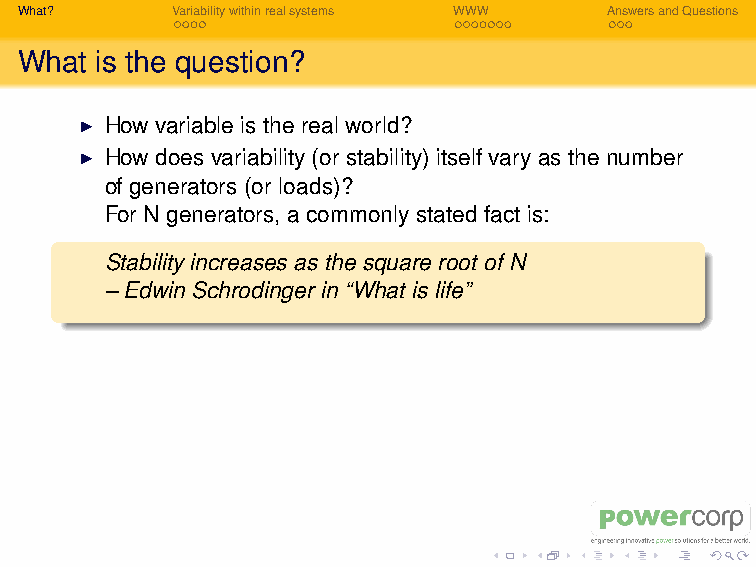
Aside: this often gets quoted without any further
 explanation, whence this talk. Hopefully the audience can
 help me understand.
 I What does this mean?
 I What are the units for stability?
 I Which numbers matter and how do they change?
 I How does affect reliability and plant costs?
 What?     Variabilitywithinrealsystems WWW AnswersandQuestions
 What is the question?
 I How variable is the real world?
 I How does variability (or stability) itself vary as the number
 of generators (or loads)?
 For N generators, a commonly stated fact is:
 Stability increases as the square root of N
 – Edwin Schrodinger in “What is life”